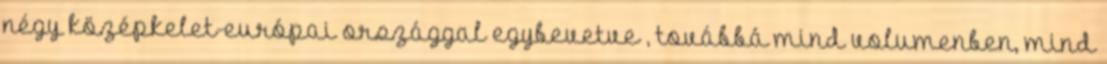
négy középkelet-európai országgal egybevetve , továbbá mind volumenben, mind